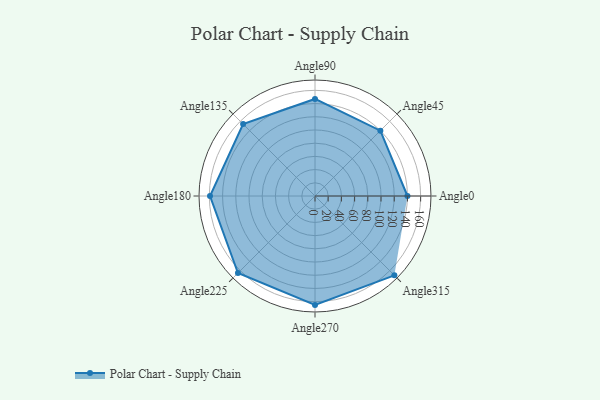
{"axis": {"x": "Angle", "y": "Radius"}, "legend": [""], "data": [{"x": "Angle0", "y": 140.0, "type": ""}, {"x": "Angle45", "y": 140.0, "type": ""}, {"x": "Angle90", "y": 147.0, "type": ""}, {"x": "Angle135", "y": 154.0, "type": ""}, {"x": "Angle180", "y": 159.0, "type": ""}, {"x": "Angle225", "y": 165.0, "type": ""}, {"x": "Angle270", "y": 165.0, "type": ""}, {"x": "Angle315", "y": 170, "type": ""}]}